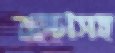
বাচ্চাসহ